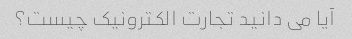
آیا می دانید تجارت الکترونیک چیست؟